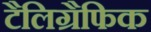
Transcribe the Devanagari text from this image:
टैलिग्रैफिक